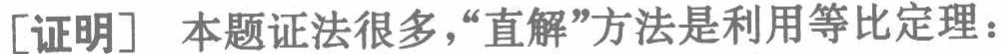
[证明] 本题证法很多，“直解”方法是利用等比定理：